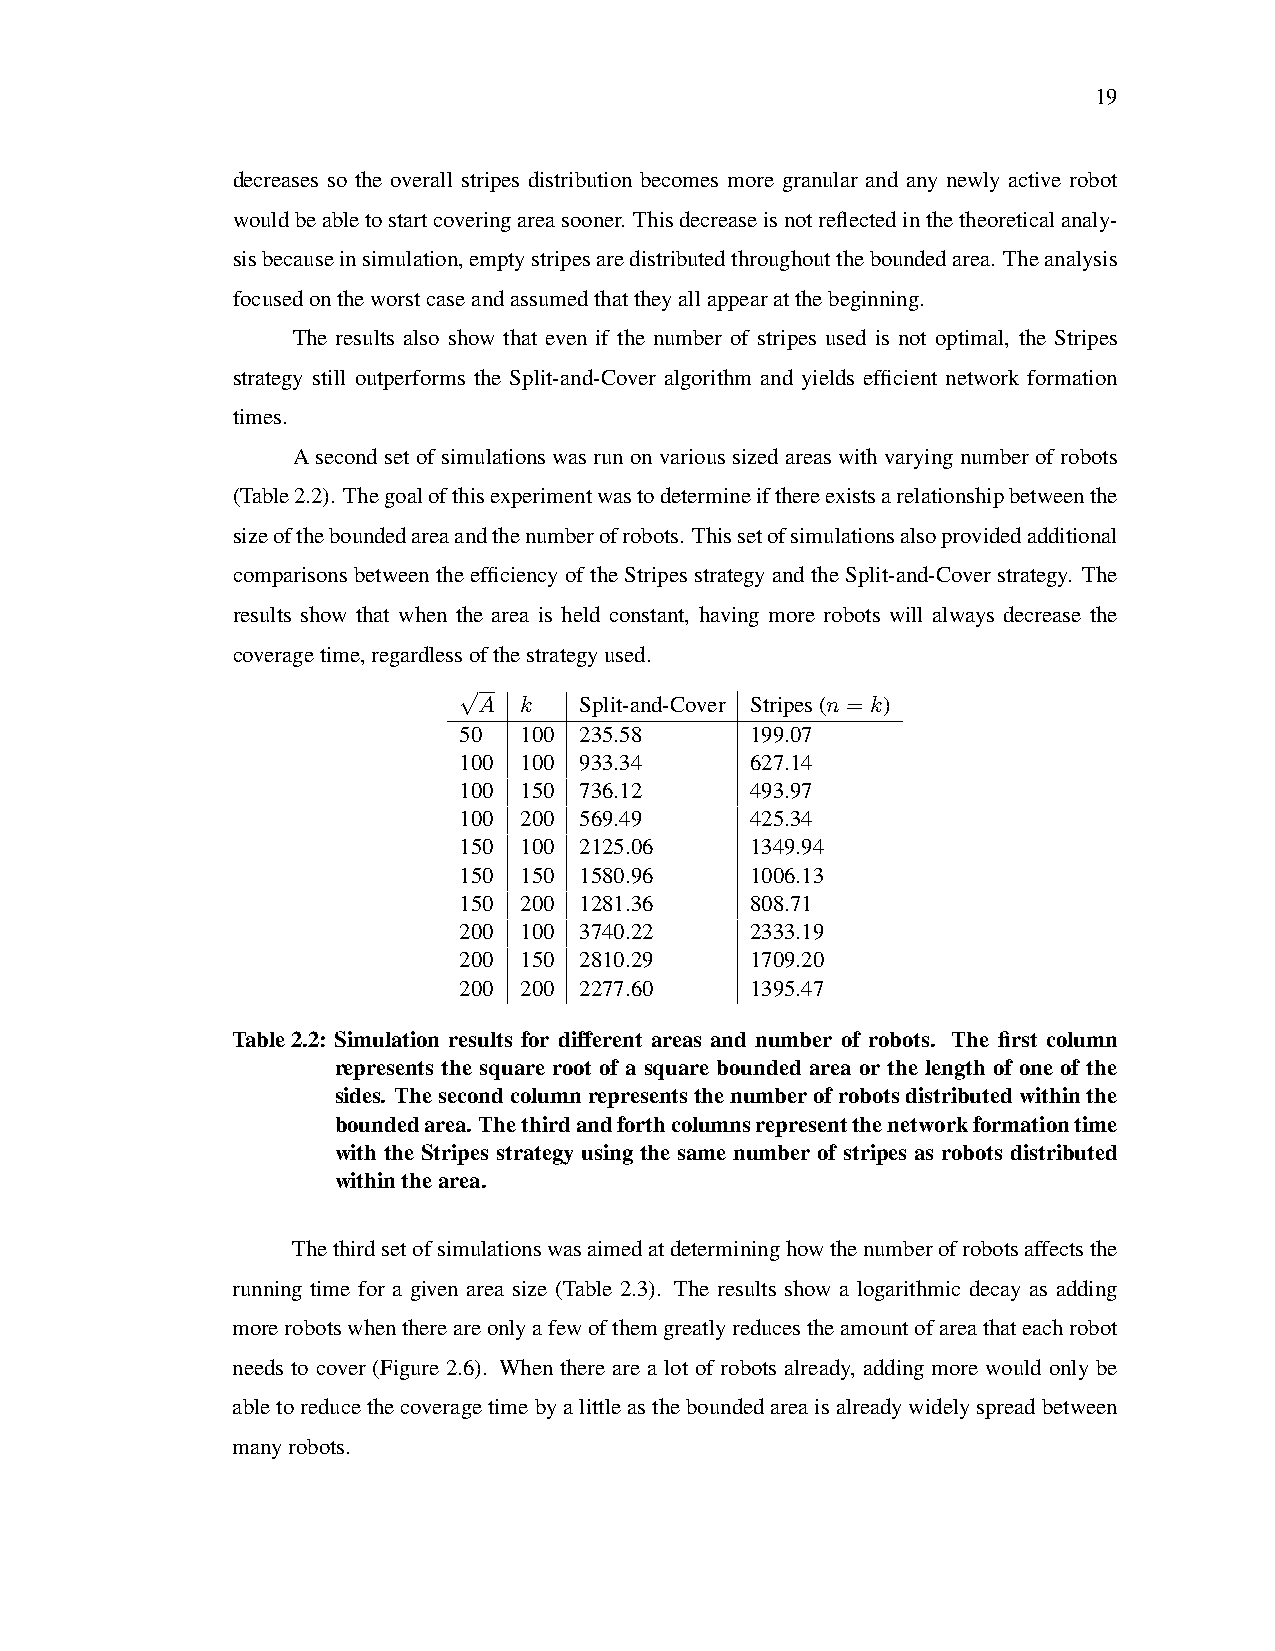
19
 decreases so the overall stripes distribution becomes more granular and any newly active robot
 wouldbeabletostartcoveringareasooner. Thisdecreaseisnotreflectedinthetheoreticalanaly-
 sisbecauseinsimulation,emptystripesaredistributedthroughouttheboundedarea. Theanalysis
 focusedontheworstcaseandassumedthattheyallappearatthebeginning.
 The results also show that even if the number of stripes used is not optimal, the Stripes
 strategy still outperforms the Split-and-Cover algorithm and yields efficient network formation
 times.
 A second set of simulations was run on various sized areas with varying number of robots
 (Table2.2). Thegoalofthisexperimentwastodetermineifthereexistsarelationshipbetweenthe
 sizeoftheboundedareaandthenumberofrobots. Thissetofsimulationsalsoprovidedadditional
 comparisons between the efficiency of the Stripes strategy and the Split-and-Cover strategy. The
 results show that when the area is held constant, having more robots will always decrease the
 coveragetime,regardlessofthestrategyused.
 √
 A k   Split-and-Cover Stripes(n = k)
 50  100 235.58      199.07
 100 100 933.34      627.14
 100 150 736.12      493.97
 100 200 569.49      425.34
 150 100 2125.06     1349.94
 150 150 1580.96     1006.13
 150 200 1281.36     808.71
 200 100 3740.22     2333.19
 200 150 2810.29     1709.20
 200 200 2277.60     1395.47
 Table2.2: Simulation results for different areas and number of robots. The first column
 represents the square root of a square bounded area or the length of one of the
 sides. Thesecondcolumnrepresentsthenumberofrobotsdistributedwithinthe
 boundedarea. Thethirdandforthcolumnsrepresentthenetworkformationtime
 with the Stripes strategy using the same number of stripes as robots distributed
 withinthearea.
 Thethirdsetofsimulationswasaimedatdetermininghowthenumberofrobotsaffectsthe
 running time for a given area size (Table 2.3). The results show a logarithmic decay as adding
 morerobotswhenthereareonlyafewofthemgreatlyreducestheamountofareathateachrobot
 needs to cover (Figure 2.6). When there are a lot of robots already, adding more would only be
 abletoreducethecoveragetimebyalittleastheboundedareaisalreadywidelyspreadbetween
 manyrobots.